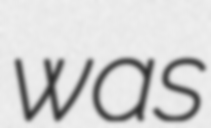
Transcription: was